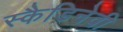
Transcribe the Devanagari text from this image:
स्कैडिनेवी